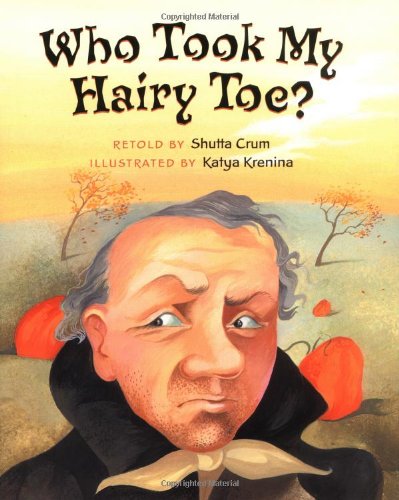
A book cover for Who Took My Hairy Toe?; Shutta Crum; Children's Books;